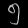
Digit: ၅